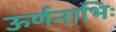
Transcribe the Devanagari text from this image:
ऊर्णनाभिः